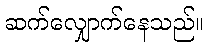
ဆက်လျှောက်နေသည်။